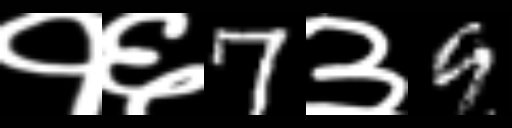
Text: १६7३9